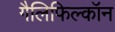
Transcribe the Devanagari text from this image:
गैलिफिल्कॉन